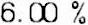
6.00 %